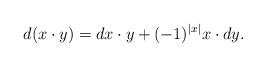
LaTeX: \begin{align*}d(x\cdot y)=dx\cdot y+(-1)^{|x|}x\cdot dy.\end{align*}